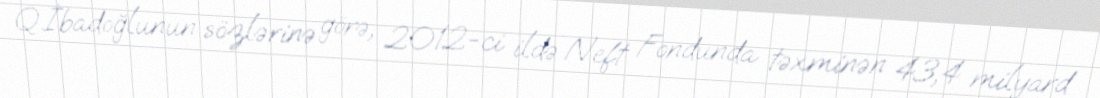
Q.İbadoğlunun sözlərinə görə, 2012-ci ildə Neft Fondunda təxminən 43,4 milyard